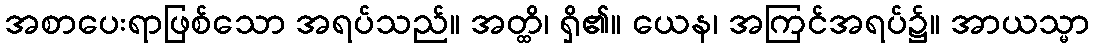
အစာပေးရာဖြစ်သော အရပ်သည်။ အတ္ထိ၊ ရှိ၏။ ယေန၊ အကြင်အရပ်၌။ အာယသ္မာ